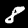
Label: 8